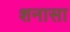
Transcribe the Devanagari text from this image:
शनासा